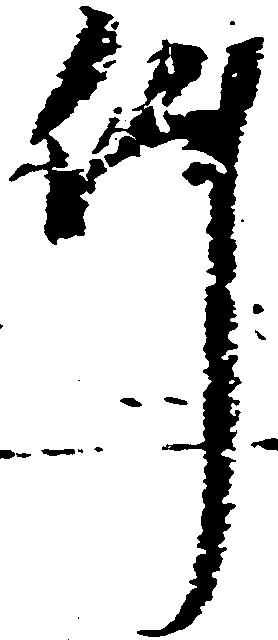
件